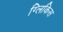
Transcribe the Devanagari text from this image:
ग्लिकिस